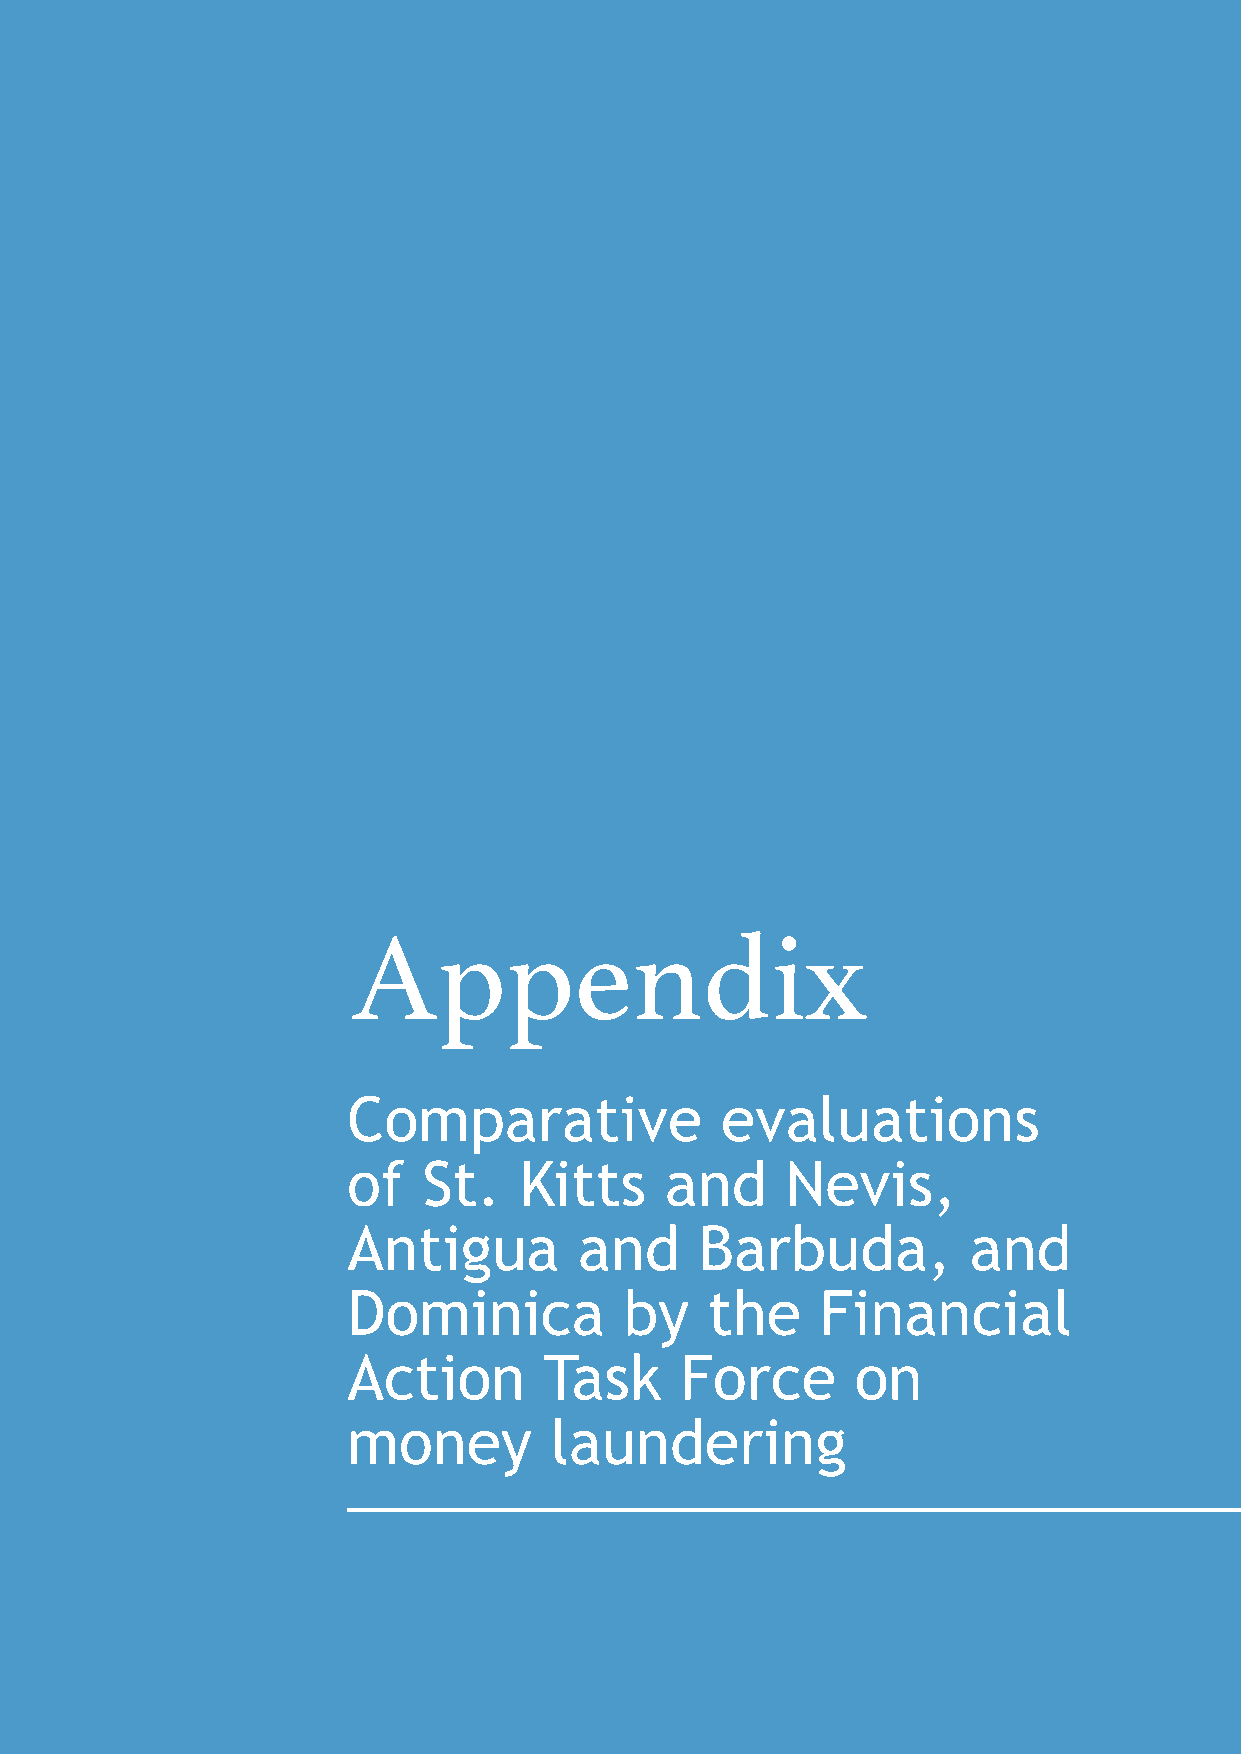
Appendix
 Comparative              evaluations
 of   St.   Kitts     and     Nevis,
 Antigua        and     Barbuda,          and
 Dominica          by    the    Financial
 Action       Task     Force       on
 money        laundering
 99